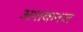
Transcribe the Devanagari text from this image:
अशकनज